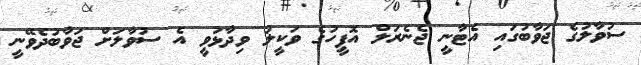
ސުވާލުގެ ޖަވާބުގައި އެޓާނީ ޖެނެރަލް އޮފީހުގެ ވަކީލު ވިދާޅުވީ އެ ސުވާލަށް ޖަވާބުދެވޭނީ